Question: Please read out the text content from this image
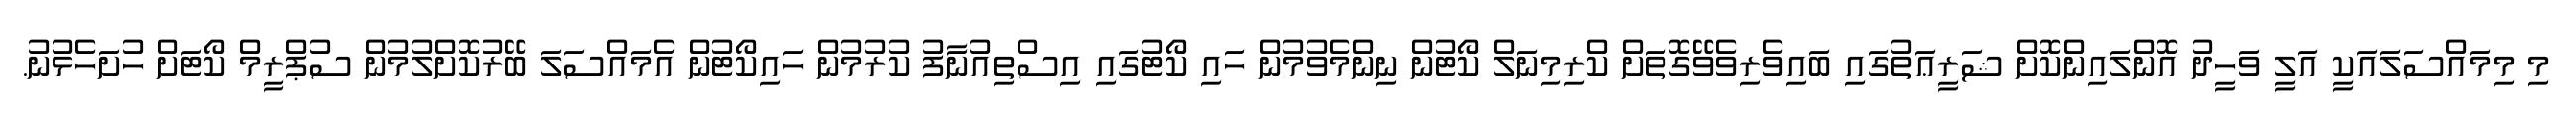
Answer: މި މިމައްސަލައަކީ އަލީ ވަހީދު އޮންލައިންކޮށް ޝަރީޢަތުގައި ބައިވެރިވެވޭގޮތަށް ކްރިމިނަލް ކޯޓުން ނިންމެވުމުން ހައި ކޯޓުގައި އިސްތިއުނާފު ކުރުމުން ހައިކޯޓުން އެމައްސަލަ ބޭރުކޮށްލުމުން ސުޕްރީމް ކޯޓަށް ހުށަހެޅުނު.